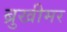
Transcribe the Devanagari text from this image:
ब्रुखीमर